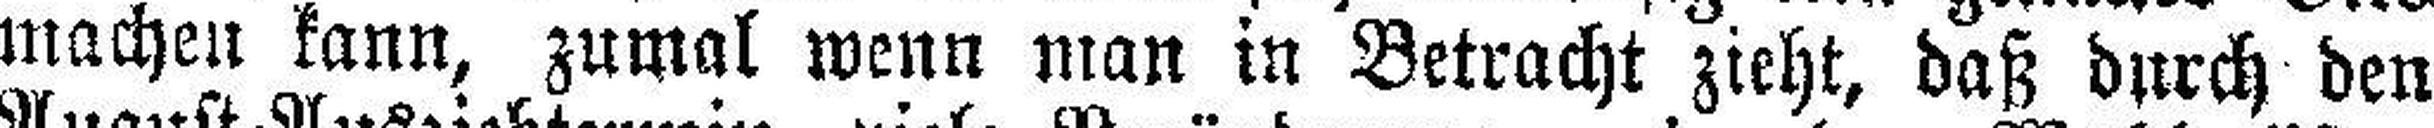
machen kann, zumal wenn man in Betracht zieht, daß durch den